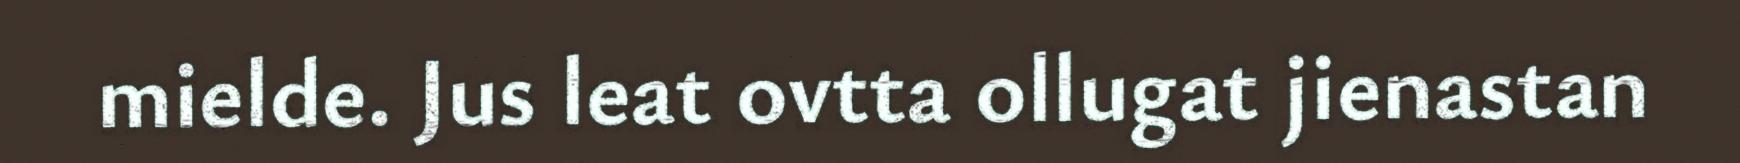
mielde. Jus leat ovtta ollugat jienastan